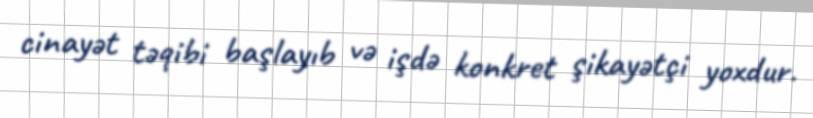
cinayət təqibi başlayıb və işdə konkret şikayətçi yoxdur.